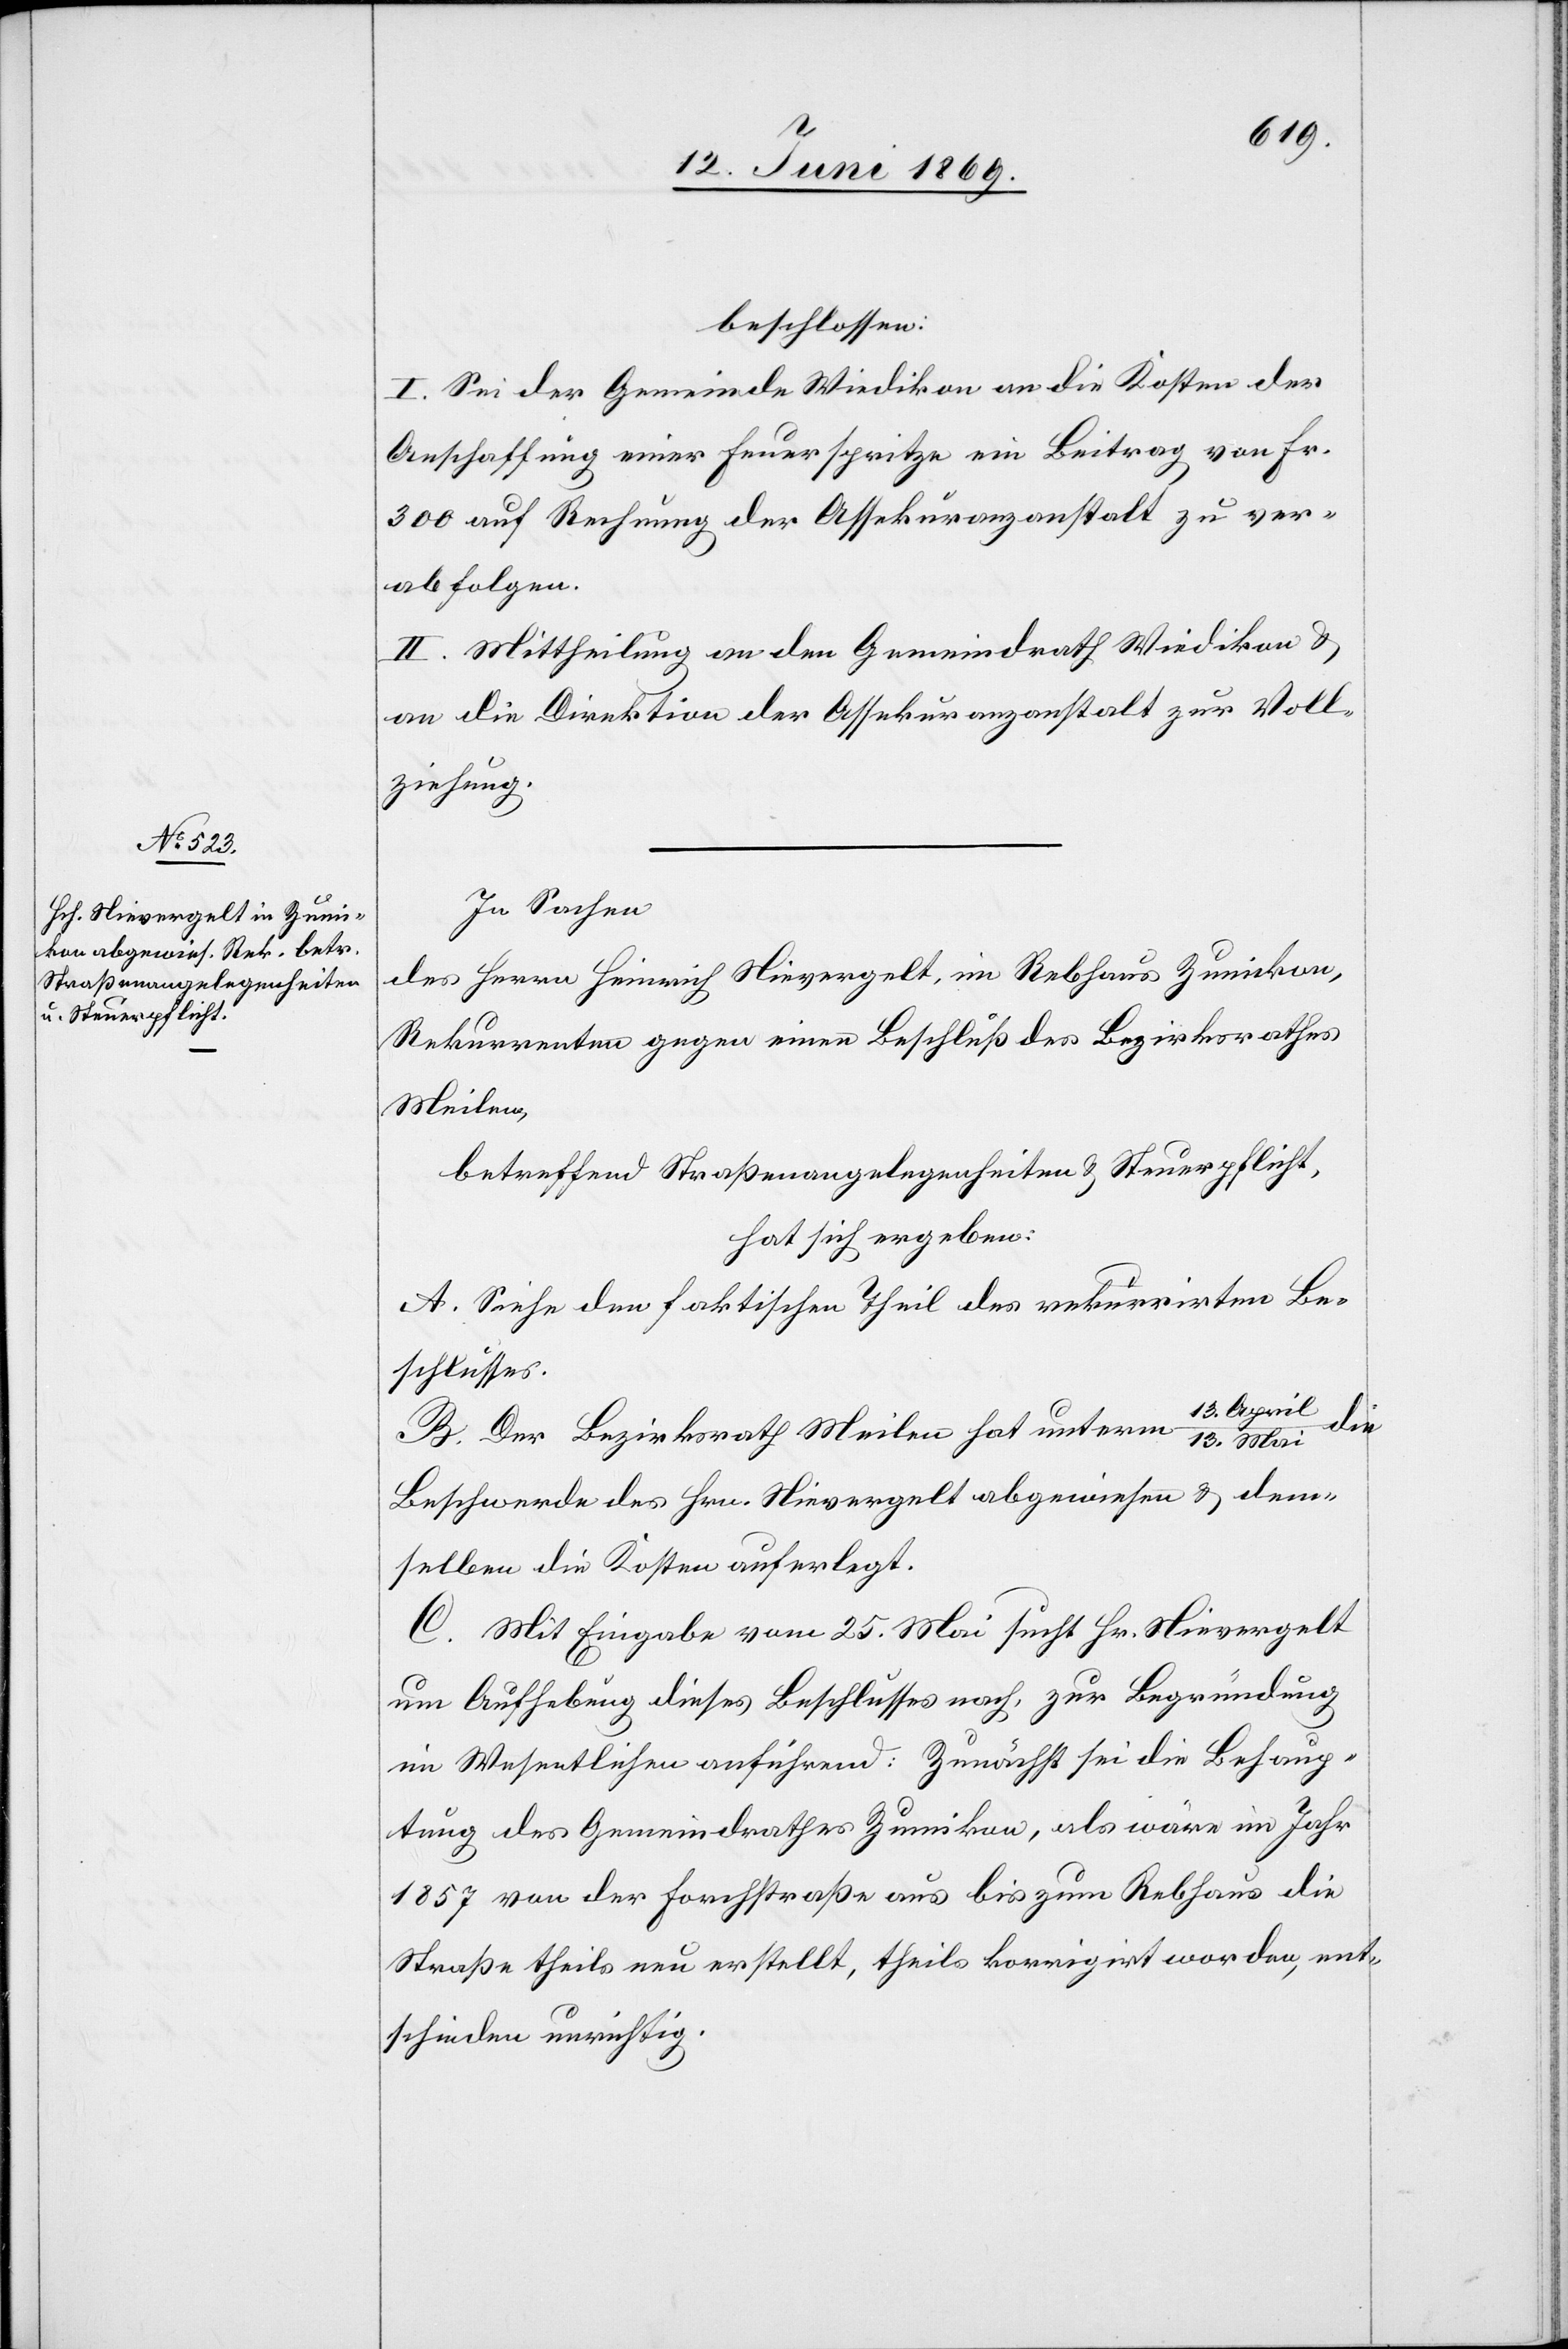
beschlossen:
I. Sei der Gemeinde Wiedikon an die Kosten der
Anschaffung einer Feuerspritze ein Beitrag von Fr.
300 auf Rechnung der Assekuranzanstalt zu ver¬
abfolgen.
II. Mittheilung an den Gemeindrath Wiedikon u.
an die Direktion der Assekuranzanstalt zur Voll¬
ziehung.
In Sachen
des Herrn Heinrich Nievergelt, im Rebhaus Zumikon,
Rekurrenten gegen einen Beschluß des Bezirksrathes
Meilen,
betreffend Straßenangelegenheiten u. Steuerpflicht,
hat sich ergeben:
A. Siehe den faktischen Theil des rekurrirten Be¬
schlusses.
13. April/13.
B. Der Bezirksrath Meilen hat unterm
Beschwerde des Hrn. Nievergelt abgewiesen u. dem¬
selben die Kosten auferlegt.
C. Mit Eingabe vom 25. Mai sucht Hr. Nievergelt
um Aufhebung dieses Beschlusses nach, zur Begründung
im Wesentlichen anführend: Zunächst sei die Behaup¬
tung des Gemeindrathes Zumikon, als wäre im Jahr
1857 von der Forchstraße aus bis zum Rebhaus die
Straße theils neu erstellt, theils korrigirt worden, ent¬
schieden unrichtig.